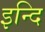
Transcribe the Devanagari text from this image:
इन्दि